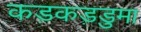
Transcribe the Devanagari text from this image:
कड़कड़डुमा